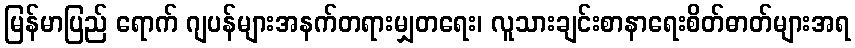
မြန်မာပြည် ရောက် ဂျပန်များအနက်တရားမျှတရေး၊ လူသားချင်းစာနာရေးစိတ်ဓာတ်များအရ